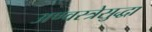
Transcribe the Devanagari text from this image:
अण्वस्त्रेसुद्धा